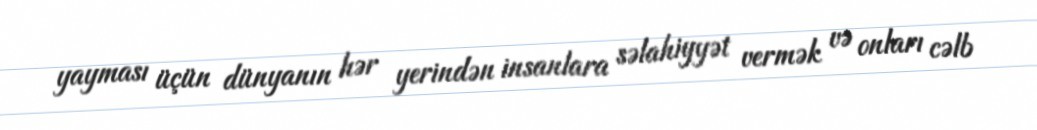
yayması üçün dünyanın hər yerindən insanlara səlahiyyət vermək və onları cəlb